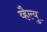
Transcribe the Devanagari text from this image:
व्हैल्यु